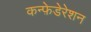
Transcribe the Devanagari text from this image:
कन्फ़ेडेरेशन